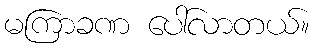
မကြာခဏ ပေါ်လာတယ်။